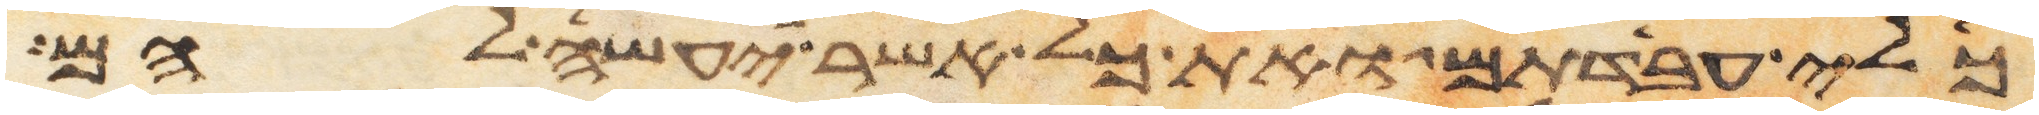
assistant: כלי עבדתם ואת כל אשר יעשה להם